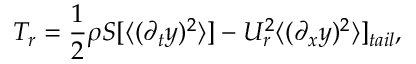
T _ { r } = \frac { 1 } { 2 } \rho S [ \langle ( \partial _ { t } y ) ^ { 2 } \rangle ] - U _ { r } ^ { 2 } \langle ( \partial _ { x } y ) ^ { 2 } \rangle ] _ { t a i l } ,